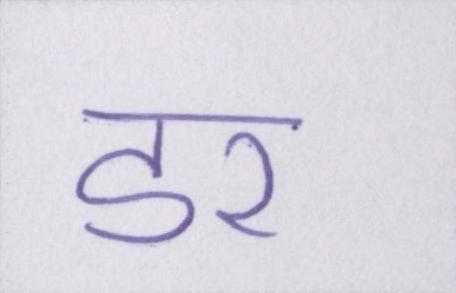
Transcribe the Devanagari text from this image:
डर